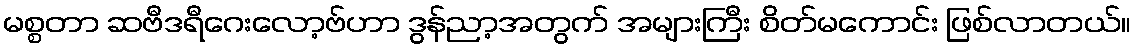
မစ္စတာ ဆဗီဒရီဂေးလော့ဗ်ဟာ ဒွန်ညာ့အတွက် အများကြီး စိတ်မကောင်း ဖြစ်လာတယ်။